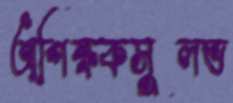
অশিক্ষকসুলভ